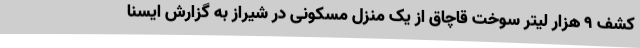
کشف 9 هزار لیتر سوخت قاچاق از یک منزل مسکونی در شیراز به گزارش ایسنا